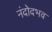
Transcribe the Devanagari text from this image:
नंदोदभव